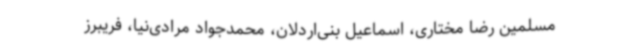
مسلمین رضا مختاری، اسماعیل بنی‌اردلان، محمدجواد مرادی‌نیا، فریبرز